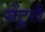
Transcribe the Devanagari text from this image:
सेंटूरौं